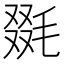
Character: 毲